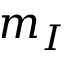
m _ { I }